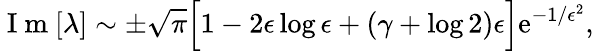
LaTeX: \mathrm{~I~m~}[\lambda]\sim\pm\sqrt{\pi}\Big[1-2\epsilon\log\epsilon+\left(\gamma+\log 2\right)\epsilon\Big]\mathrm{e}^{-1/\epsilon^{2}},